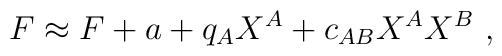
F\approx F +a+ q_A X^A + c_{AB}X^A X^B \ ,